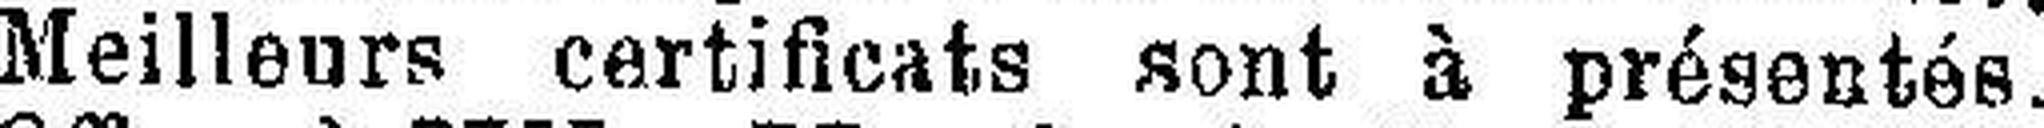
Meilleurs certificats sont à présentés.